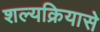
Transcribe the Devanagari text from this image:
शल्यक्रियासे